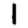
Digit: 1